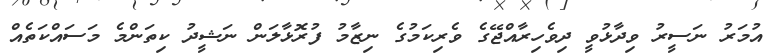
އުމަރު ނަސީރު ވިދާޅުވީ ދިވެހިރާއްޖޭގެ ވެރިކަމުގެ ނިޒާމު ފުރޮޅާލަން ނަޝީދު ކިތަންމެ މަސައްކަތެއް